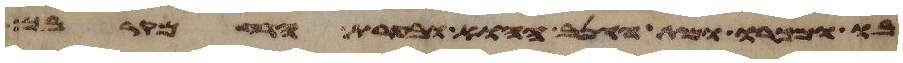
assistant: בו ומכרו ומת הגנב ההוא ובערת הרע